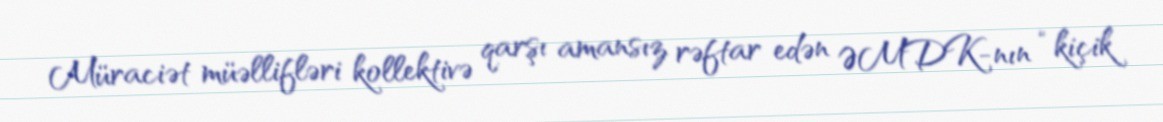
Müraciət müəllifləri kollektivə qarşı amansız rəftar edən ƏMDK-nın “kiçik